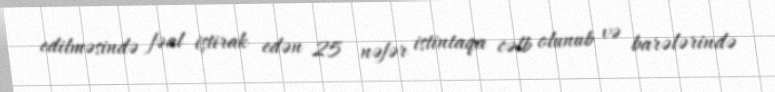
edilməsində fəal iştirak edən 25 nəfər istintaqa cəlb olunub və barələrində